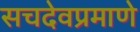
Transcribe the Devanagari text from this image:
सचदेवप्रमाणे